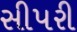
સીપરી